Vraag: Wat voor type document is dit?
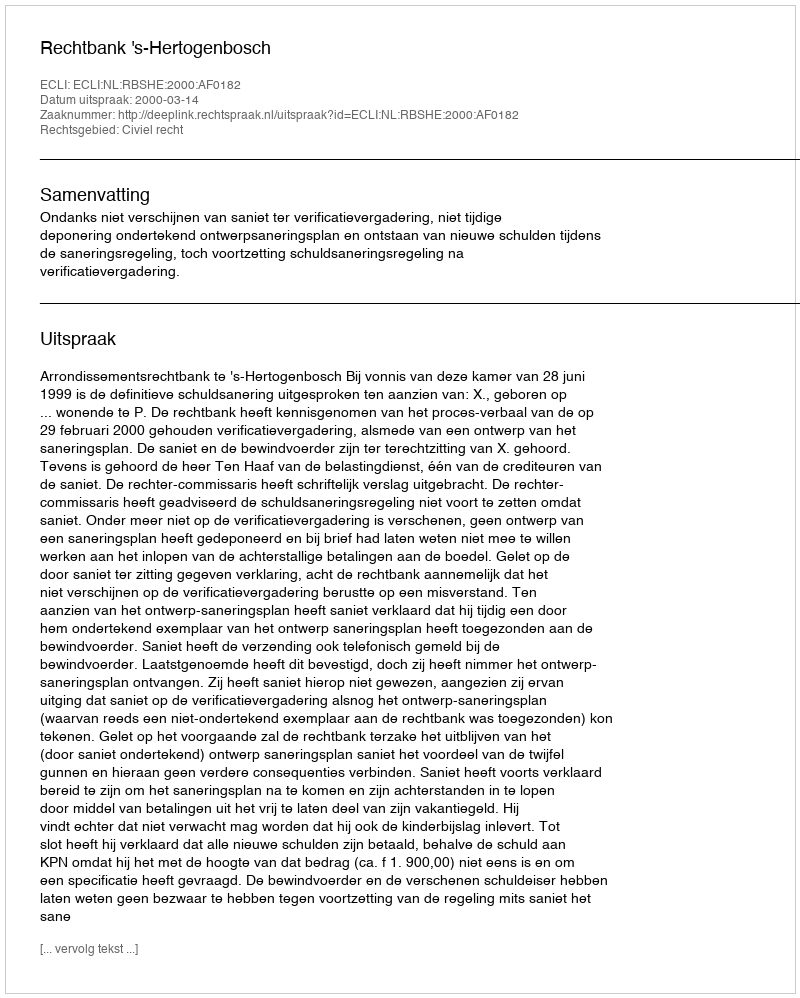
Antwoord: Uitspraak